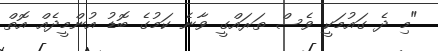
"މި ދެ ގައުމަކީ ވެސް ތަރައްގީ ވާނެ ކަމުގެ ބޮޑު އުންމީދެއް އޮތް